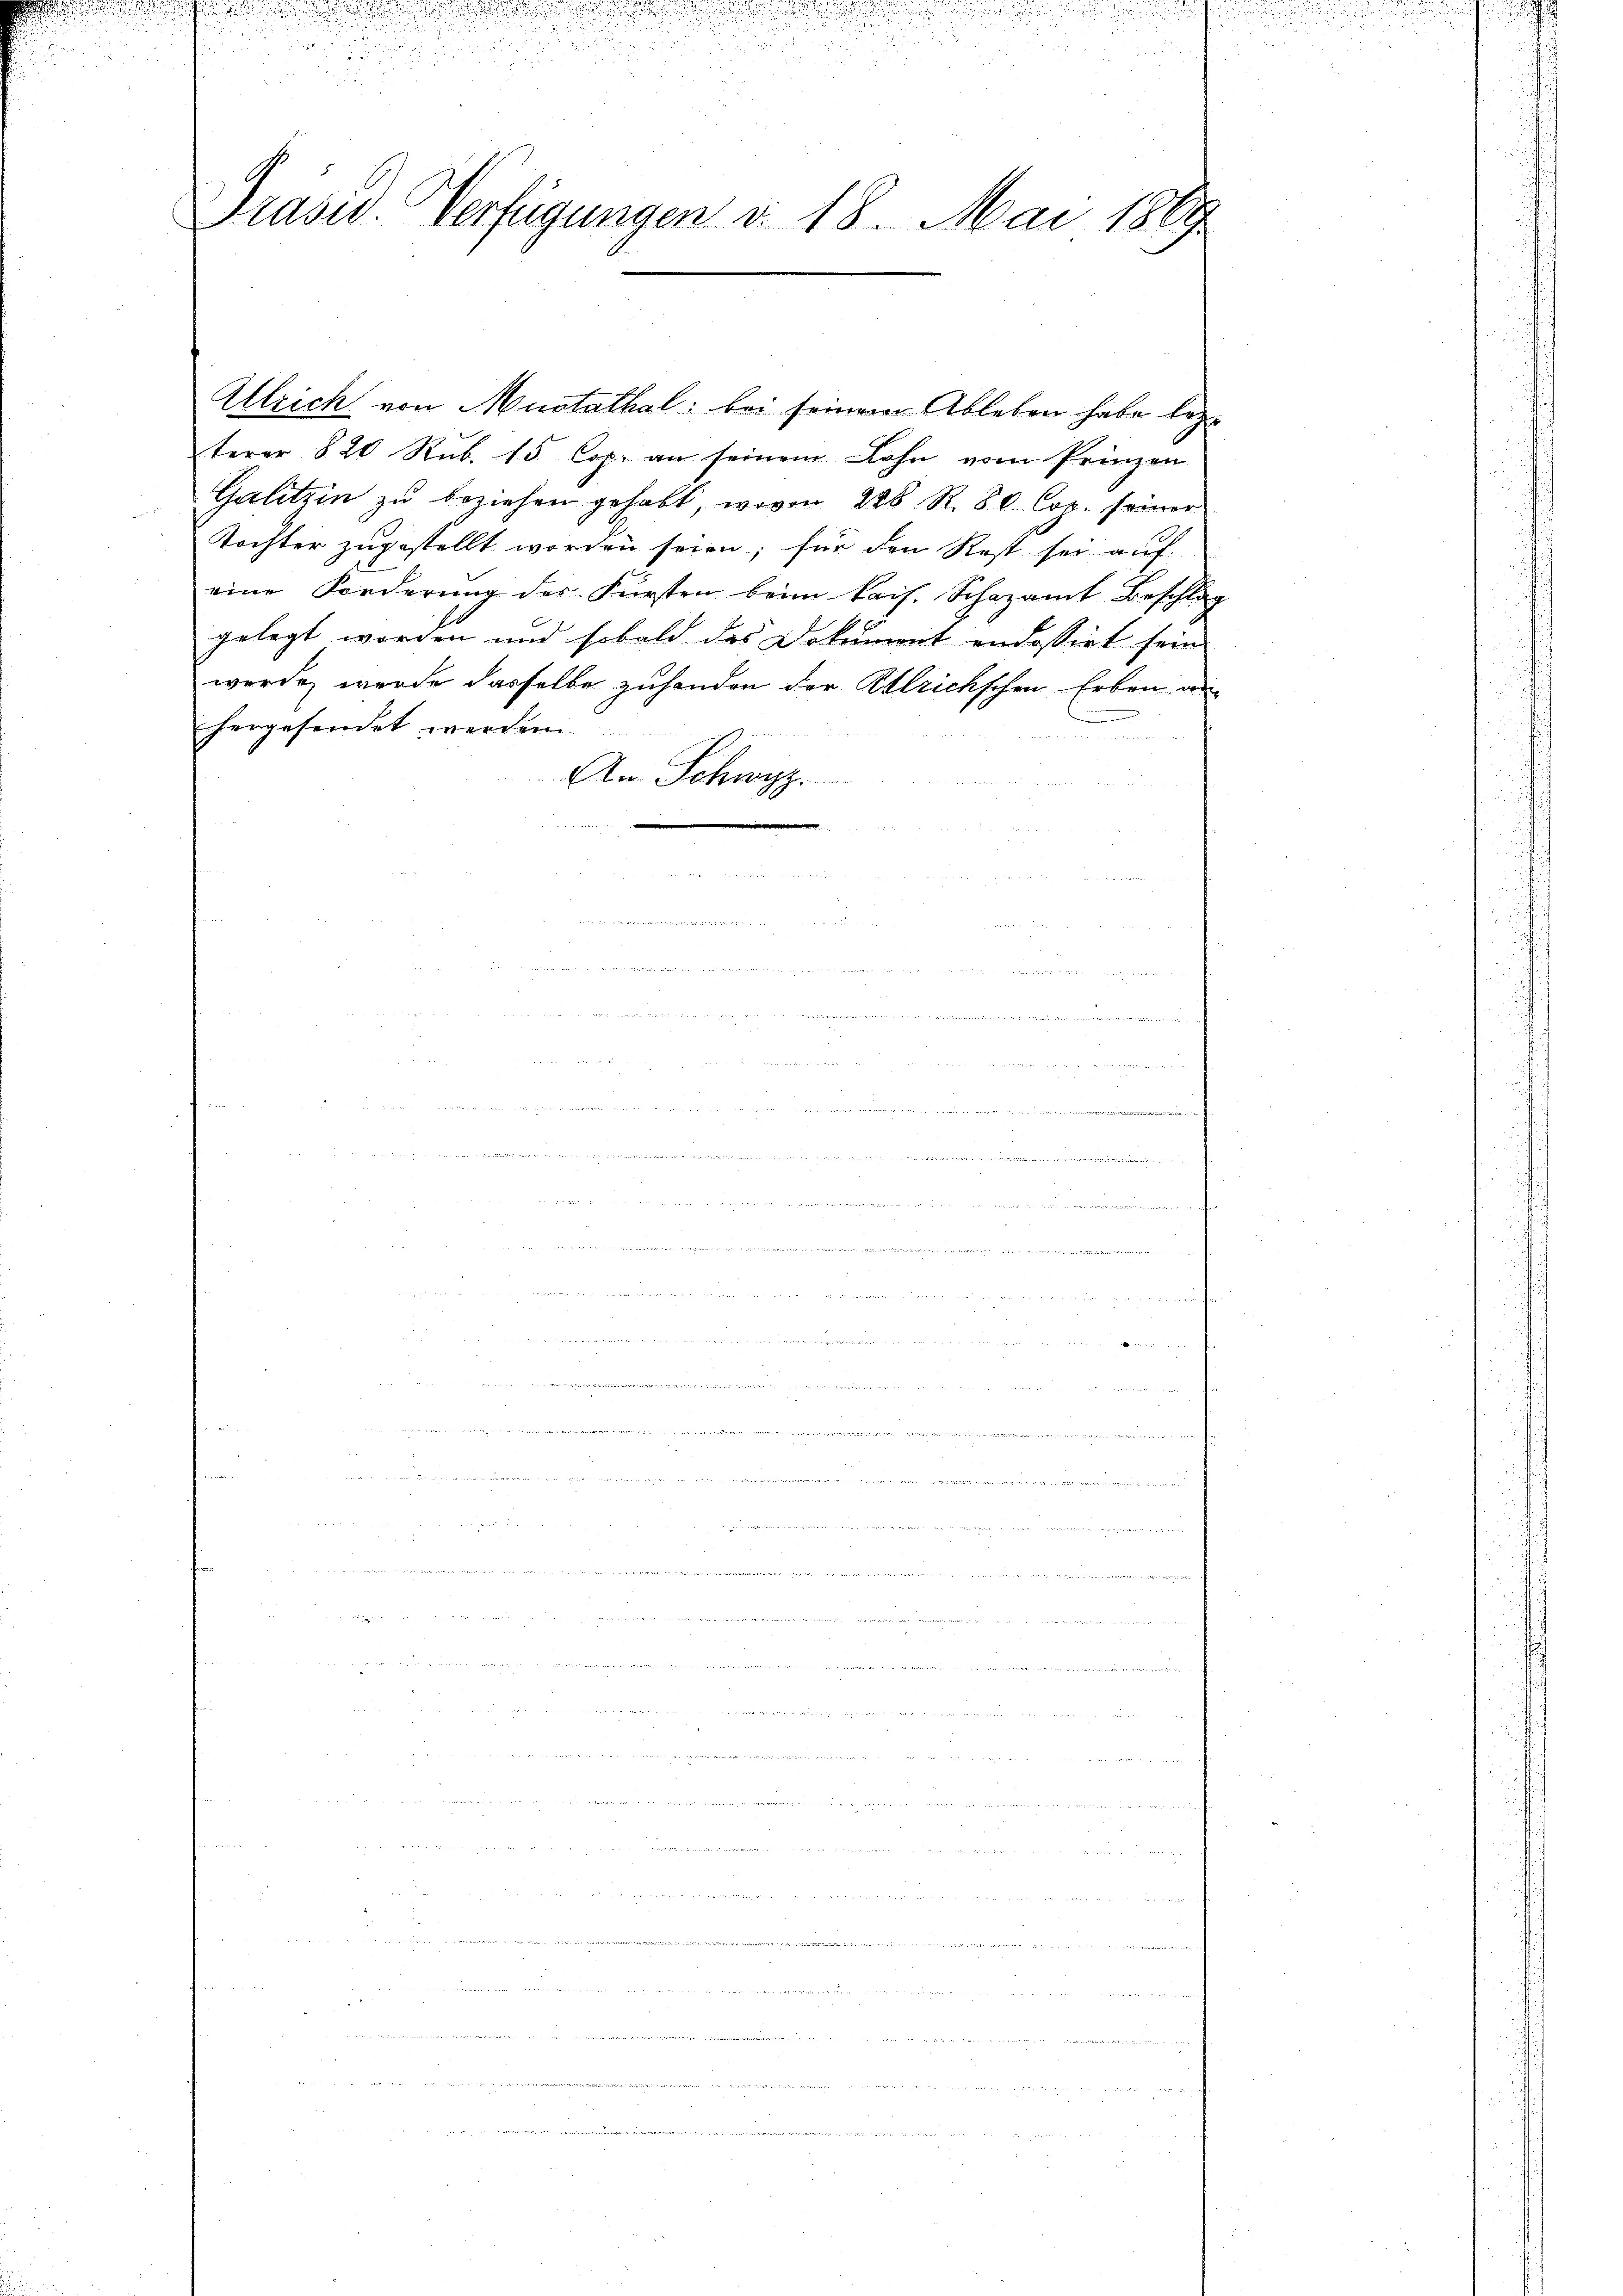
Praser Verfügungen v. 18. Mai 1869

.

Ullrich von Mustathal: bei seinem Ableben habe legt
terer 820 Rŭb. 15 Cop. an seinem Lohn vom Prinzen
Galitzin zŭ beziehen gehabt, wovon 248 R.80 Cop. seiner
Tochter zugestellt worden seien; für den Rest sei auf
eine Forderŭng des Fürsten beim kais. Schazamt Beschlag
gelegt worden und sobald das Dokument andessirt sein
werde, werde dasselbe zuhanden der Attrichschen Erben an
hergesendet werden
.
An Schwyz.
rischen welcherheit der
un
.
  in der verlangen